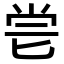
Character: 𠤝